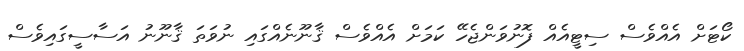
ކޯޓަށް އެއްވެސް ސިޓީއެއް ފޮނުވަންޖެހޭ ކަމަށް އެއްވެސް ޤާނޫނެއްގައި ނުވަތަ ޤާނޫނު އަސާސީގައިވެސް